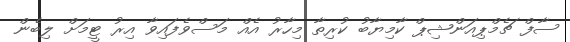
ސާފް ޗެމްޕިއަންޝިޕް ކާމިޔާބު ކުރިތާ މިހާރު އެއް މަސްވެފައިވާ އިރު ޓީމަށް ލިބެން